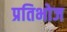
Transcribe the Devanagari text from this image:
प्रतिभोज